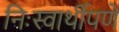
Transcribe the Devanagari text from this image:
निःस्वार्थीपणे